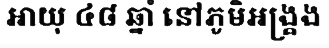
អាយុ ៤៨ ឆ្នាំ នៅភូមិអង្គ្រង